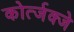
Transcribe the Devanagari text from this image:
कोर्त्जक्जे